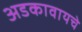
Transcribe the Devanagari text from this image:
अडकावायचे